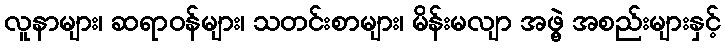
လူနာများ၊ ဆရာဝန်များ၊ သတင်းစာများ၊ မိန်းမလျာ အဖွဲ့ အစည်းများနှင့်